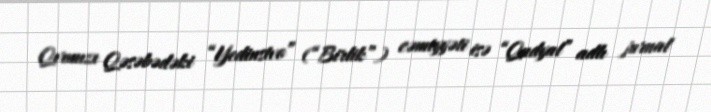
Qırmızı Qəsəbədəki “Yedinstvo” (“Birlik”) cəmiyyəti isə “Qudyal” adlı jurnal